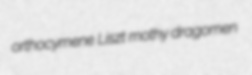
orthocymene Liszt mothy dragomen